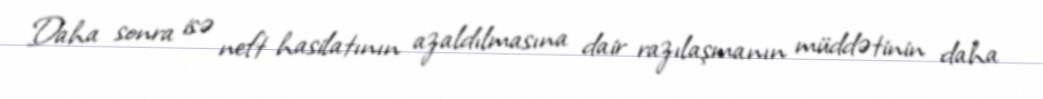
Daha sonra isə neft hasilatının azaldılmasına dair razılaşmanın müddətinin daha